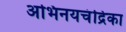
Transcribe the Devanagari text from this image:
अभिनयचंद्रिका